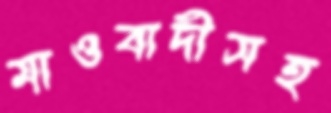
মাওবাদীসহ